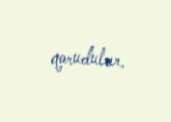
qorudular.